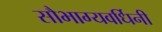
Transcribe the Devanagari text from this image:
सौभाग्यवर्धिनी